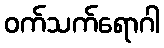
ဝက်သက်ရောဂါ